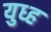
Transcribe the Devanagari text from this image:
युध्ह